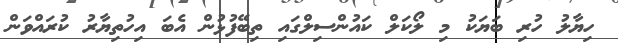
ހިޔާލު ހުރި ބަޔަކު މި ލޯކަލް ކައުންސިލްގައި ތިބޭފުޅުން އެބަ އިހުތިޔާރު ކުރައްވަން